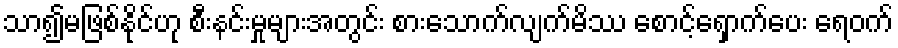
သာ၍မဖြစ်နိုင်ဟု စီးနင်းမှုများအတွင်း စားသောက်လျက်မိဿ စောင့်ရှောက်ပေး ရေဝက်